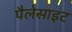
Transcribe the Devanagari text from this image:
पैलेसाइट